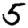
Digit: 5